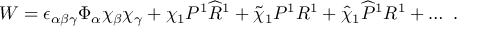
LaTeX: { \cal W } = \epsilon _ { \alpha \beta \gamma } \Phi _ { \alpha } \chi _ { \beta } \chi _ { \gamma } + \chi _ { 1 } P ^ { 1 } { \widehat R } ^ { 1 } + { \widetilde \chi } _ { 1 } P ^ { 1 } R ^ { 1 } + { \widehat \chi } _ { 1 } { \widehat P } ^ { 1 } R ^ { 1 } + \dots ~ .